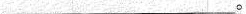
___。